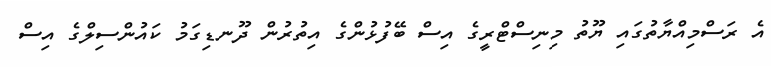
އެ ރަސްމިއްޔާތުގައި ޔޫތު މިނިސްޓްރީގެ އިސް ބޭފުޅުންގެ އިތުރުން ދޫނޑިގަމު ކައުންސިލްގެ އިސް